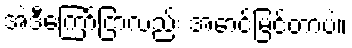
အဲဒီကြော်ငြာလည်း အောင်မြင်တာပဲ။